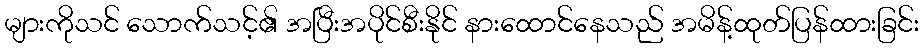
များကိုသင် သောက်သင့်၏ အပြီးအပိုင်စီးနိုင် နားထောင်နေသည် အမိန့်ထုတ်ပြန်ထားခြင်း